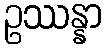
ဥဿန္နာ